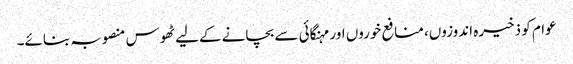
عوام کو ذخیرہ اندوزوں، منافع خوروں اور مہنگائی سے بچانے کےلیے ٹھوس منصوبہ بنائے۔